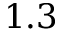
1 . 3